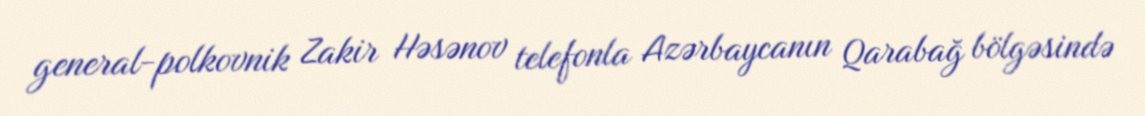
general-polkovnik Zakir Həsənov telefonla Azərbaycanın Qarabağ bölgəsində